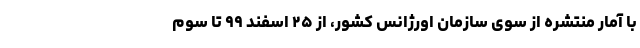
با آمار منتشره از سوی سازمان اورژانس کشور، از ۲۵ اسفند ۹۹ تا سوم